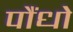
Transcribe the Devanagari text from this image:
पौंधो